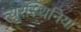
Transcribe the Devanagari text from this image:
न्यूरेस्थिनिया